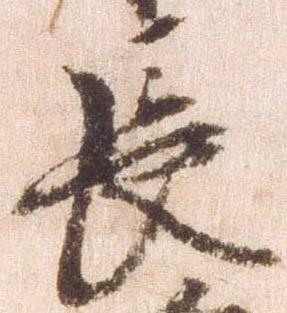
長